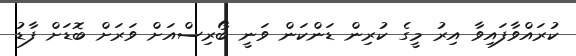
ކުރައްވާފައިވާ އިރު މީގެ ކުރިން ޑަންކަން ވަނީ ބޯރިސްއަށް ވަރަށް ބޮޑަށް ފާޑު